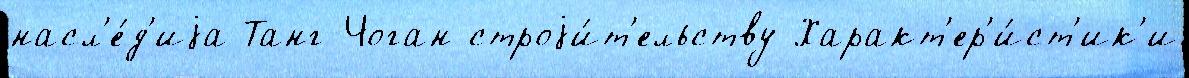
насл'е́д'иjа Танг-Чоган строjи́т'ельству Характ'ер'и́ст'ик'и